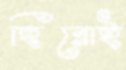
হিরোই